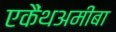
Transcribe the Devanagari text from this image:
एकैंथअमीबा